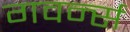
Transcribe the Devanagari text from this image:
गवर्न्स